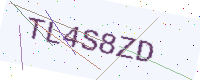
Text: TL4S8ZD